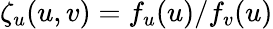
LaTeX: \zeta_{u}(u,v)=f_{u}(u)/f_{v}(u)